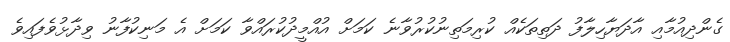
ގެންދިއުމާއި އާދަޔާހިލާފު ދަތިތަކެއް ކުރިމަތިނުކުރުވާނެ ކަމަށް އުއްމީދުކުރައްވާ ކަމަށް އެ މަނިކުފާނު ވިދާޅުވެފައިވެ